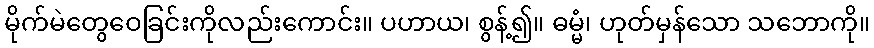
မိုက်မဲတွေဝေခြင်းကိုလည်းကောင်း။ ပဟာယ၊ စွန့်၍။ ဓမ္မံ၊ ဟုတ်မှန်သော သဘောကို။